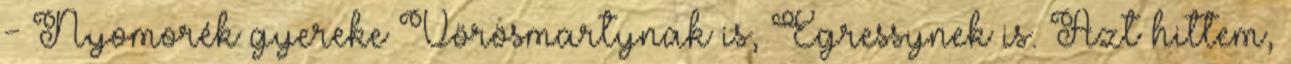
- Nyomorék gyereke Vörösmartynak is, Egressynek is. Azt hittem,